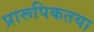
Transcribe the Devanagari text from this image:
प्रारूपिकतया